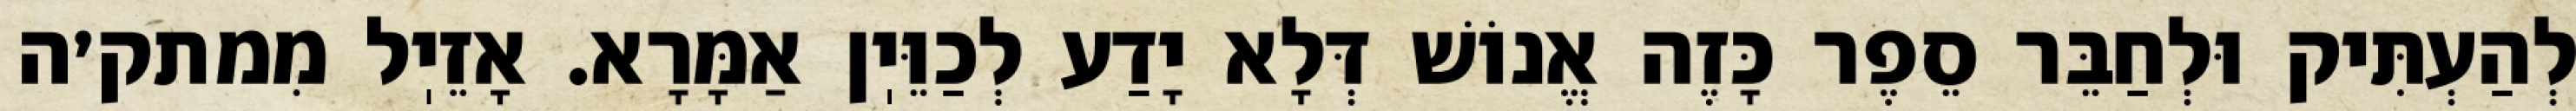
לְהַעְתִּיק וּלְחַבֵּר סֵפֶר כָּזֶה אֱנוֹשׁ דְּלָא יָדַע לְכַוֵּיֽן אַמָּרָא. אָזֵיֽל מִמתק׳ה